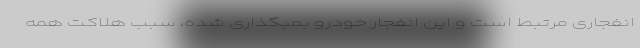
انفجاری مرتبط است و این انفجار خودرو بمبگذاری شده، سبب هلاکت همه